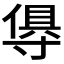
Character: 𭔺